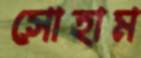
সোহাম